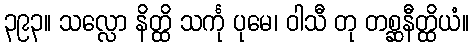
၃၉၃။ သလ္လော နိတ္ထိ သင်္ကု ပုမေ၊ ဝါသီ တု တစ္ဆနီတ္ထိယံ။